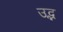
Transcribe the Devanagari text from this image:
उद्भ